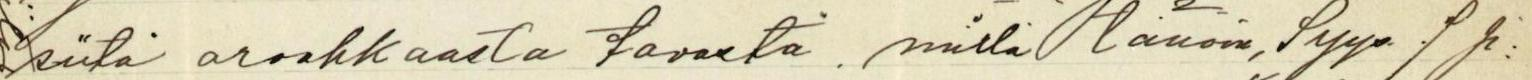
siitä arvokkaasta tavasta, millä tänään,  syys. 7 p: